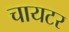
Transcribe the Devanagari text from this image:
चायटर